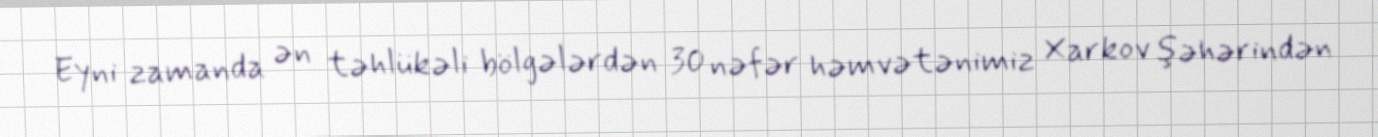
Eyni zamanda ən təhlükəli bölgələrdən 30 nəfər həmvətənimiz Xarkov şəhərindən